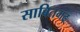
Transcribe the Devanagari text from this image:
साबितगढ़